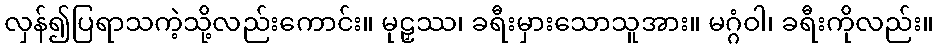
လှန်၍ပြရာသကဲ့သို့လည်းကောင်း။ မုဠှဿ၊ ခရီးမှားသောသူအား။ မဂ္ဂံဝါ၊ ခရီးကိုလည်း။